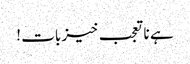
ہے نا تعجب خیز بات !